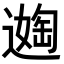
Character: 𬩈